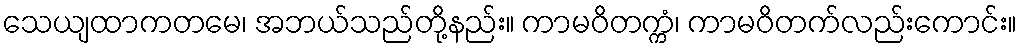
သေယျထာကတမေ၊ အဘယ်သည်တို့နည်း။ ကာမဝိတက္ကံ၊ ကာမဝိတက်လည်းကောင်း။